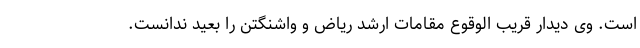
است. وی دیدار قریب الوقوع مقامات ارشد ریاض و واشنگتن را بعید ندانست.